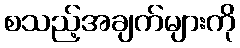
စသည့်အချက်များကို